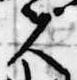
夫